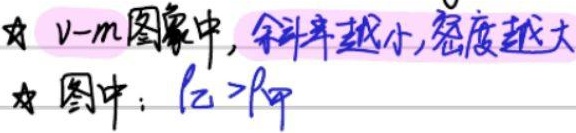
★ \(v - m\)图象中, 斜率越小,密度越大★
图中：\(\rho_{乙}>\rho_{甲}\)